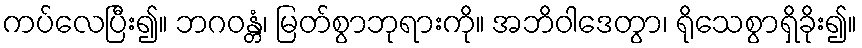
ကပ်လေပြီး၍။ ဘဂဝန္တံ၊ မြတ်စွာဘုရားကို။ အဘိဝါဒေတွာ၊ ရိုသေစွာရှိခိုး၍။